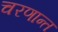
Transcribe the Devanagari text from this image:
चरणान्त